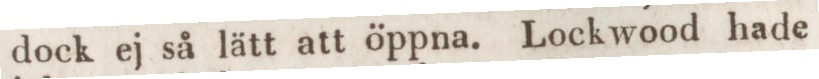
dock ej så lätt att öppna. Lockwood hade